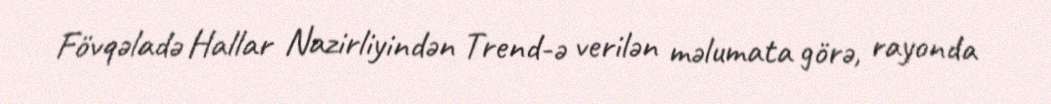
Fövqəladə Hallar Nazirliyindən Trend-ə verilən məlumata görə, rayonda